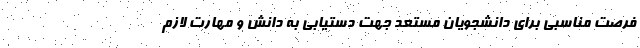
فرصت مناسبی برای دانشجویان مستعد جهت دستیابی به دانش و مهارت لازم